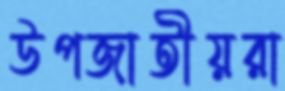
উপজাতীয়রা